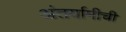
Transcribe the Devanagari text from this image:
अंतर्यामीची